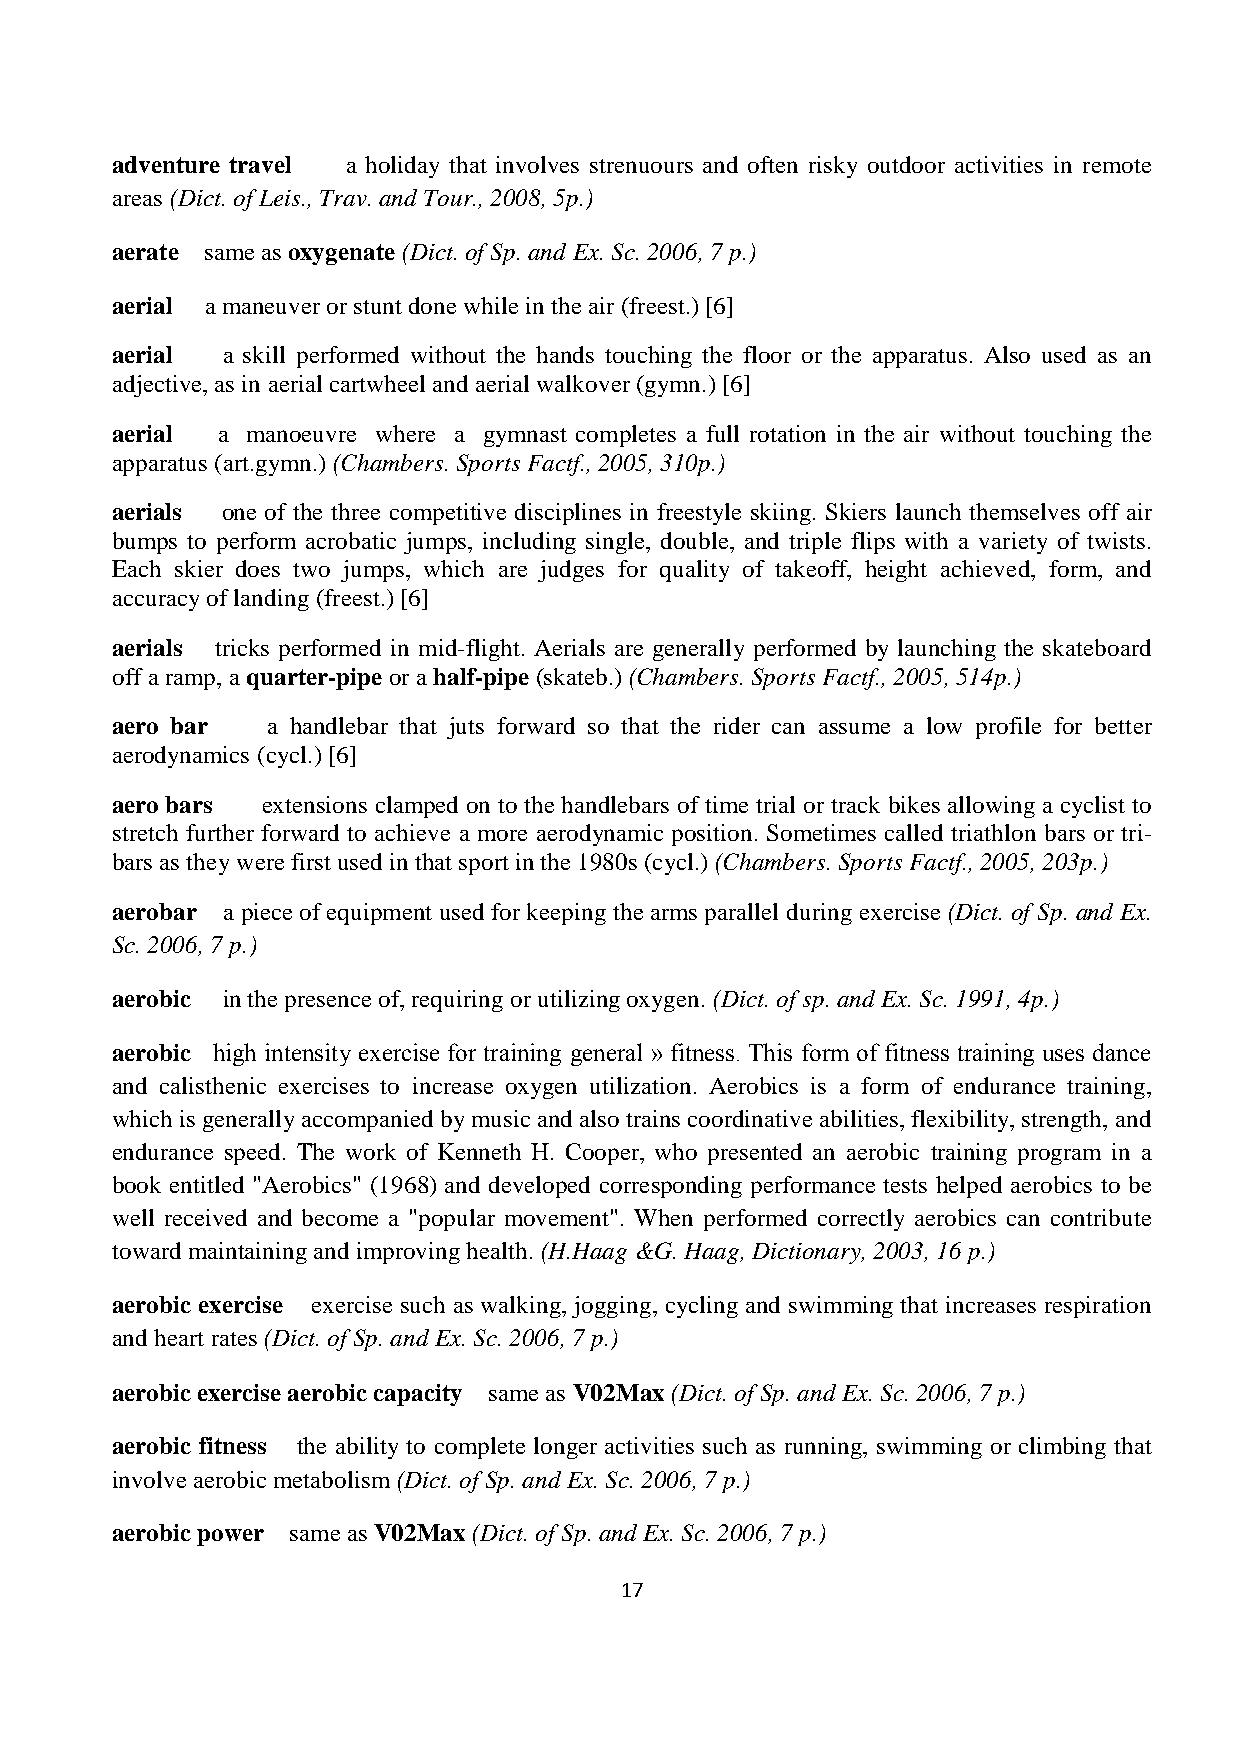
adventure travel a holiday that involves strenuours and often risky outdoor activities in remote
 areas (Dict. of Leis., Trav. and Tour., 2008, 5p.)
 aerate same as oxygenate (Dict. of Sp. and Ex. Sc. 2006, 7 p.)
 aerial a maneuver or stunt done while in the air (freest.) [6]
 aerial  a skill performed without the hands touching the floor or the apparatus. Also used as an
 adjective, as in aerial cartwheel and aerial walkover (gymn.) [6]
 aerial a manoeuvre where a gymnast completes a full rotation in the air without touching the
 apparatus (art.gymn.) (Chambers. Sports Factf., 2005, 310p.)
 aerials one of the three competitive disciplines in freestyle skiing. Skiers launch themselves off air
 bumps to perform acrobatic jumps, including single, double, and triple flips with a variety of twists.
 Each skier does two jumps, which are judges for quality of takeoff, height achieved, form, and
 accuracy of landing (freest.) [6]
 aerials tricks performed in mid-flight. Aerials are generally performed by launching the skateboard
 off a ramp, a quarter-pipe or a half-pipe (skateb.) (Chambers. Sports Factf., 2005, 514p.)
 aero bar   a handlebar that juts forward so that the rider can assume a low profile for better
 aerodynamics (cycl.) [6]
 aero bars extensions clamped on to the handlebars of time trial or track bikes allowing a cyclist to
 stretch further forward to achieve a more aerodynamic position. Sometimes called triathlon bars or tri-
 bars as they were first used in that sport in the 1980s (cycl.) (Chambers. Sports Factf., 2005, 203p.)
 aerobar a piece of equipment used for keeping the arms parallel during exercise (Dict. of Sp. and Ex.
 Sc. 2006, 7 p.)
 aerobic in the presence of, requiring or utilizing oxygen. (Dict. of sp. and Ex. Sc. 1991, 4p.)
 aerobic high intensity exercise for training general » fitness. This form of fitness training uses dance
 and calisthenic exercises to increase oxygen utilization. Aerobics is a form of endurance training,
 which is generally accompanied by music and also trains coordinative abilities, flexibility, strength, and
 endurance speed. The work of Kenneth H. Cooper, who presented an aerobic training program in a
 book entitled "Aerobics" (1968) and developed corresponding performance tests helped aerobics to be
 well received and become a "popular movement". When performed correctly aerobics can contribute
 toward maintaining and improving health. (H.Haag &G. Haag, Dictionary, 2003, 16 p.)
 aerobic exercise exercise such as walking, jogging, cycling and swimming that increases respiration
 and heart rates (Dict. of Sp. and Ex. Sc. 2006, 7 p.)
 aerobic exercise aerobic capacity same as V02Max (Dict. of Sp. and Ex. Sc. 2006, 7 p.)
 aerobic fitness the ability to complete longer activities such as running, swimming or climbing that
 involve aerobic metabolism (Dict. of Sp. and Ex. Sc. 2006, 7 p.)
 aerobic power same as V02Max (Dict. of Sp. and Ex. Sc. 2006, 7 p.)
 17